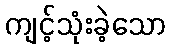
ကျင့်သုံးခဲ့သော